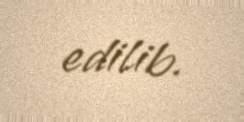
edilib.